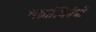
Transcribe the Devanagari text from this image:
भग्नास्थिबंधों